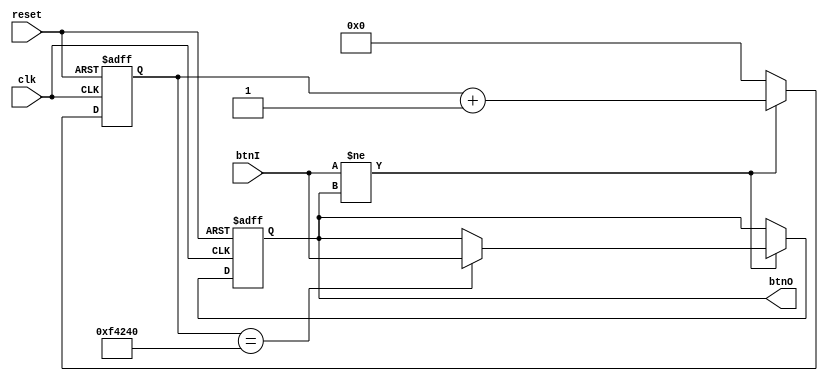
`timescale 1ns / 1ps
//////////////////////////////////////////////////////////////////////////////////
// Company: 
// Engineer: 
// 
// Design Name: 
// Module Name: code_detection
// Project Name: 
// Target Devices: 
// Tool Versions: 
// Description: 
// 
// Dependencies: 
// 
// Revision:
// Revision 0.01 - File Created
// Additional Comments:
// 
//////////////////////////////////////////////////////////////////////////////////


module debouncer(
    input               clk,
    input               reset,
    input               btnI,
    output              btnO
);
    		
	parameter 	TIMER_COUNT 	= 32'd1000_000;
    
    reg             state;
    reg   [31:0]	timer;
    
    assign btnO = state;

    always@(posedge clk or posedge reset) begin
      if(reset) begin
        state  	    <= 1'b0;
        timer 		<= 32'd0;
      end
      else begin
         if (btnI != state) begin
            timer <= timer + 1;
            if(timer == TIMER_COUNT)
                state <= btnI;
         end
         else begin
            timer <= 32'd0;
         end
	  end
    end
        
endmodule